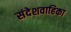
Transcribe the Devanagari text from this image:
संदेशवाहिका